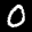
Label: 0